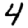
Digit: 4